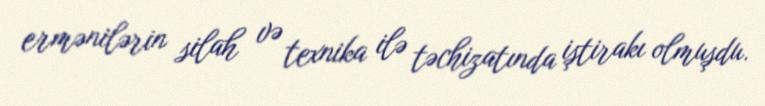
ermənilərin silah və texnika ilə təchizatında iştirakı olmuşdu.